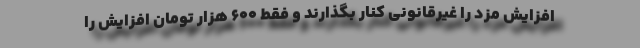
افزایش مزد را غیرقانونی کنار بگذارند و فقط ۶۰۰ هزار تومان افزایش را